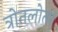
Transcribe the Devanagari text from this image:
त्रोतलोतर